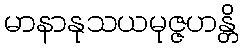
မာနာနုသယမုဇ္ဇဟန္တိ